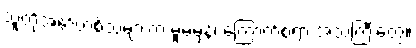
သူတို့အော်ဟစ်သံများက မူမမှန်၊ ကြောက်စရာ့ အသံကြီးတွေ။